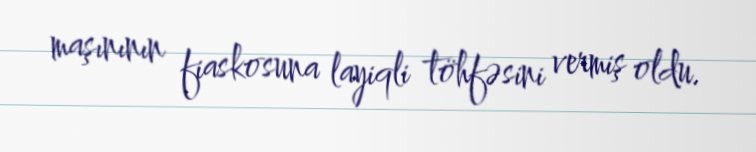
maşınının fiaskosuna layiqli töhfəsini vermiş oldu.